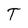
Character: T